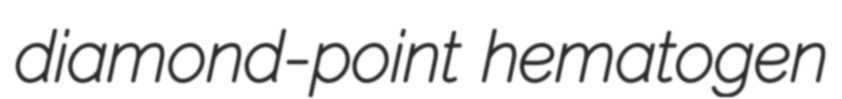
diamond-point hematogen